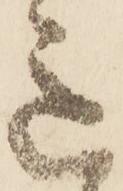
意